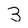
Character: 3